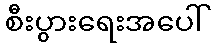
စီးပွားရေးအပေါ်